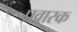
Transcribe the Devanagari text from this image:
प्रवारक